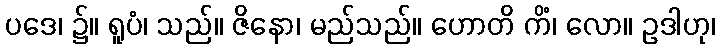
ပဒေ၊ ၌။ ရူပံ၊ သည်။ ဇိနော၊ မည်သည်။ ဟောတိ ကိံ၊ လော။ ဥဒါဟု၊